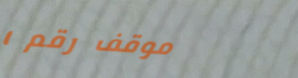
موقف رقم ١